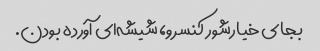
بجای خیارشور کنسرو، شیشه‌ای آورده بودن.